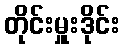
တိုင်းမှူးဒိုင်း